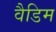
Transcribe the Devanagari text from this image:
वैडिम